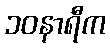
၁၀နာရီက